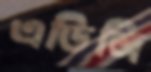
এডিজি